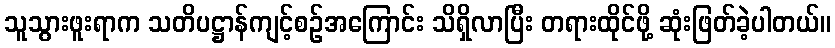
သူသွားဖူးရာက သတိပဋ္ဌာန်ကျင့်စဉ်အကြောင်း သိရှိလာပြီး တရားထိုင်ဖို့ ဆုံးဖြတ်ခဲ့ပါတယ်။